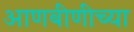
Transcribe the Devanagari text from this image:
आणबीणीच्या